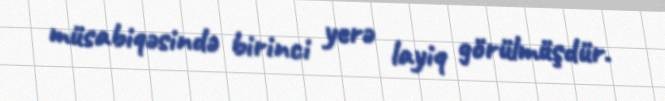
müsabiqəsində birinci yerə layiq görülmüşdür.